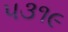
૫૩૧૯